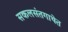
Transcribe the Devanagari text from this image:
सकलसंतगाथेत